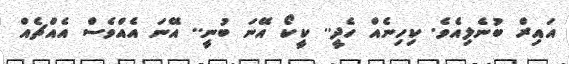
އައިރް ބުނެލިއެވެ. ކިހިނެއް ހެދީ.. ކީކޯ އޭނަ ބުނީ.. އޭނަ އެއްވެސް އެއްޗެއް